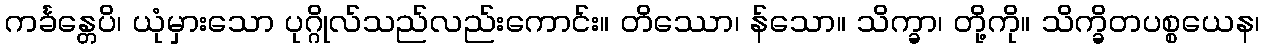
ကင်္ခန္တေပိ၊ ယုံမှားသော ပုဂ္ဂိုလ်သည်လည်းကောင်း။ တိဿော၊ န်သော။ သိက္ခာ၊ တို့ကို။ သိက္ခိတပစ္စယေန၊